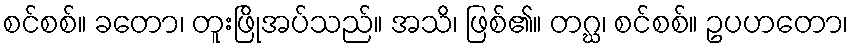
စင်စစ်။ ခတော၊ တူးဖြိုအပ်သည်။ အသိ၊ ဖြစ်၏။ တဂ္ဃ၊ စင်စစ်။ ဥပဟတော၊